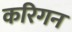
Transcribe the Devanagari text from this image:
करिगन